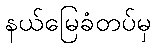
နယ်မြေခံတပ်မှ